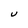
Character: U